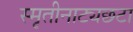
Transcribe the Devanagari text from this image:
स्मृतीनाट्यछटा